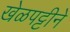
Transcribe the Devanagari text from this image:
खेळपट्टीने